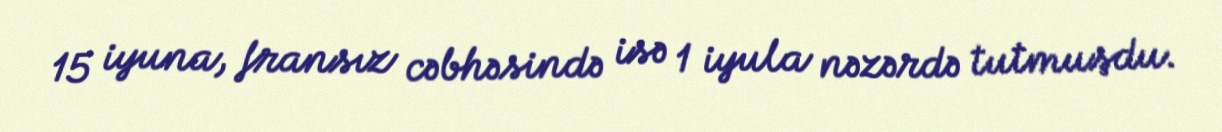
15 iyuna, fransız cəbhəsində isə 1 iyula nəzərdə tutmuşdu.